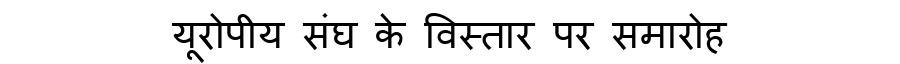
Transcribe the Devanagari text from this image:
यूरोपीय संघ के विस्तार पर समारोह